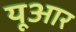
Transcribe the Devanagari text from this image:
यूआर